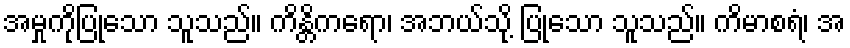
အမှုကိုပြုသော သူသည်။ ကိန္တိကရော၊ အဘယ်သို့ ပြုသော သူသည်။ ကိမာစရံ၊ အ